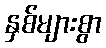
နှစ်များစွာ